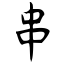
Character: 串